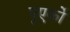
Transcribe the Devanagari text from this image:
पूएर्को